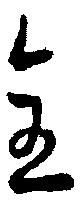
全